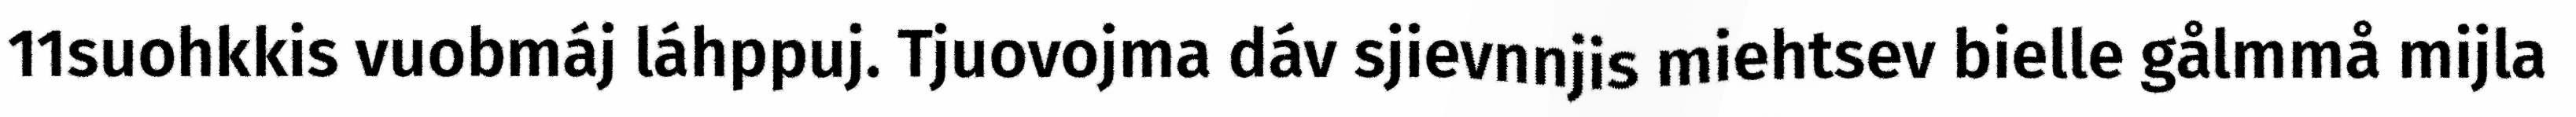
11suohkkis vuobmáj láhppuj. Tjuovojma dáv sjievnnjis miehtsev bielle gålmmå mijla